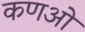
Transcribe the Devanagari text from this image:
कणओ